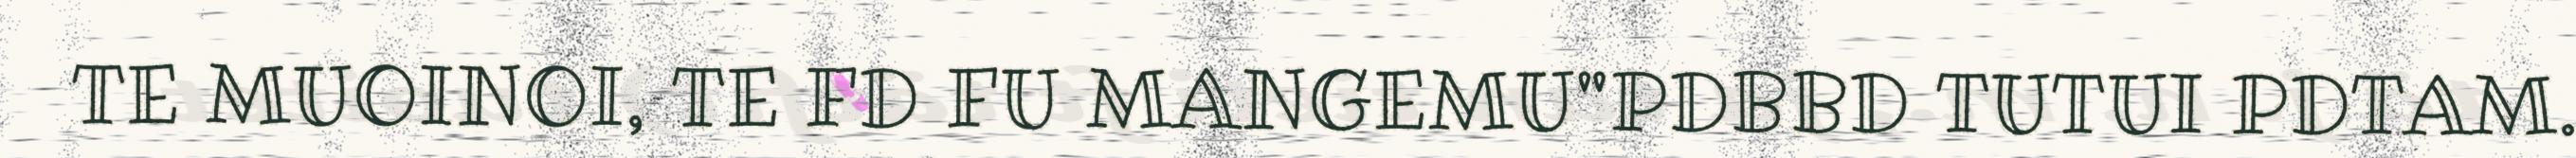
TE MUOINOI, TE FD FU MANGEMU"PDBBD TUTUI PDTAM.